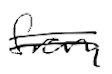
Text: from
Cross-out: double-line
Writing tool: digital_black